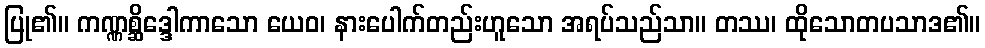
ပြု၏။ ကဏ္ဏစ္ဆိဒ္ဒေါကာသော ယေဝ၊ နားပေါက်တည်းဟူသော အရပ်သည်သာ။ တဿ၊ ထိုသောတပသာဒ၏။